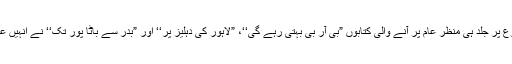
جنگ ستمبر کے موضوع پر جلد ہی منظر عام پر آنے والی کتابوں ”بی آر بی بہتی رہے گی‘‘، ”لاہور کی دہلیز پر‘‘ اور ”بدر سے باٹا پور تک‘‘ نے انہیں عالمگیر شہرت بخش دی۔